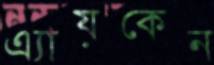
এ্যায়কেন